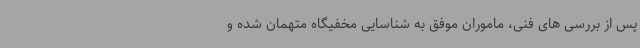
پس از بررسی های فنی، ماموران موفق به شناسایی مخفیگاه متهمان شده و